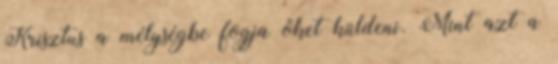
Krisztus a mélységbe fogja őket küldeni. Mint azt a